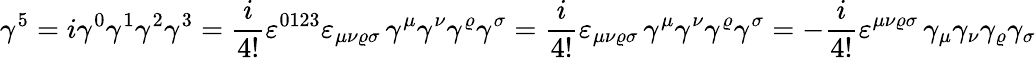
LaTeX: \gamma^{5}=i\gamma^{0}\gamma^{1}\gamma^{2}\gamma^{3}={\frac{i}{4!}}\varepsilon^{0123}\varepsilon_{\mu\nu\varrho\sigma}\, \gamma^{\mu}\gamma^{\nu}\gamma^{\varrho}\gamma^{\sigma}={\frac{i}{4!}}\varepsilon_{\mu\nu\varrho\sigma}\, \gamma^{\mu}\gamma^{\nu}\gamma^{\varrho}\gamma^{\sigma}=-{\frac{i}{4!}}\varepsilon^{\mu\nu\varrho\sigma}\, \gamma_{\mu}\gamma_{\nu}\gamma_{\varrho}\gamma_{\sigma}